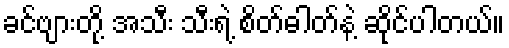
ခင်ဗျားတို့ အသီး သီးရဲ့ စိတ်ဓါတ်နဲ့ ဆိုင်ပါတယ်။